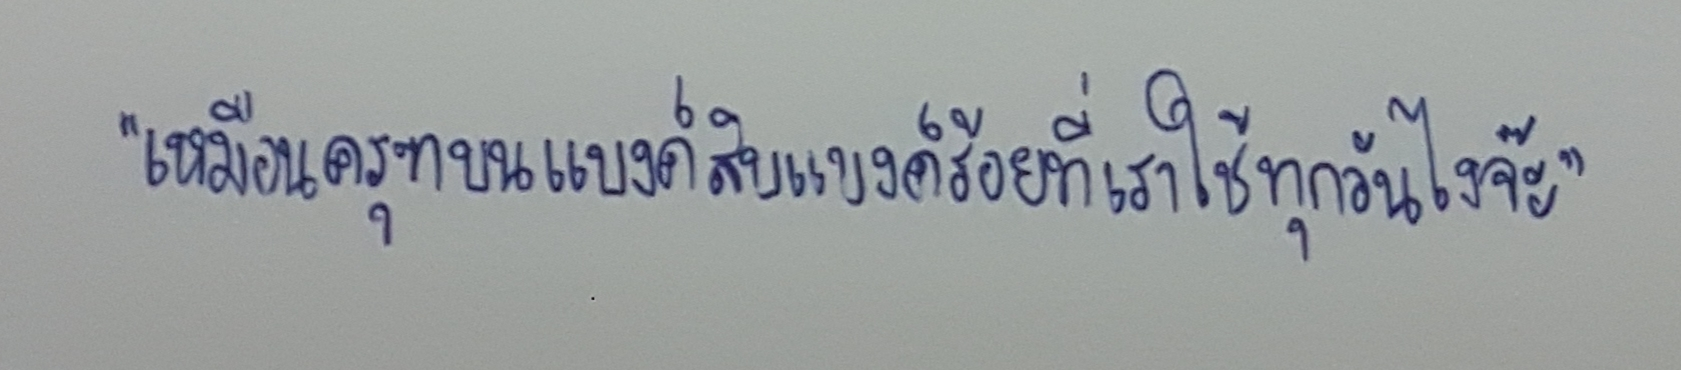
"เหมือนครุฑบนแบงค์สิบแบงค์ร้อยที่เราใช้ทุกวันไงจ๊ะ"